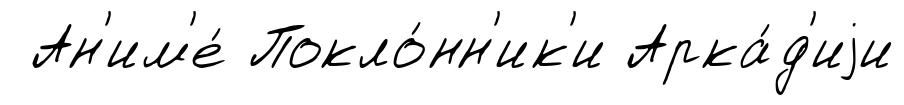
Ан'им'е́ Покло́нн'ик'и Арка́д'иjи